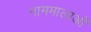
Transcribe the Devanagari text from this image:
नाममालाओं